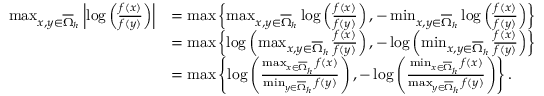
\begin{array} { r l } { \operatorname* { m a x } _ { x , y \in \overline { { \Omega } } _ { h } } \left\lvert \log \left( \frac { f ( x ) } { f ( y ) } \right) \right\rvert } & { = \operatorname* { m a x } \left\{ \operatorname* { m a x } _ { x , y \in \overline { { \Omega } } _ { h } } \log \left( \frac { f ( x ) } { f ( y ) } \right) , - \operatorname* { m i n } _ { x , y \in \overline { { \Omega } } _ { h } } \log \left( \frac { f ( x ) } { f ( y ) } \right) \right\} } \\ & { = \operatorname* { m a x } \left\{ \log \left( \operatorname* { m a x } _ { x , y \in \overline { { \Omega } } _ { h } } \frac { f ( x ) } { f ( y ) } \right) , - \log \left( \operatorname* { m i n } _ { x , y \in \overline { { \Omega } } _ { h } } \frac { f ( x ) } { f ( y ) } \right) \right\} } \\ & { = \operatorname* { m a x } \left\{ \log \left( \frac { \operatorname* { m a x } _ { x \in \overline { { \Omega } } _ { h } } f ( x ) } { \operatorname* { m i n } _ { y \in \overline { { \Omega } } _ { h } } f ( y ) } \right) , - \log \left( \frac { \operatorname* { m i n } _ { x \in \overline { { \Omega } } _ { h } } f ( x ) } { \operatorname* { m a x } _ { y \in \overline { { \Omega } } _ { h } } f ( y ) } \right) \right\} . } \end{array}